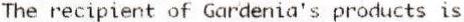
THE RECIPIENT OF GARDENIA'S PRODUCTS IS